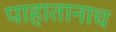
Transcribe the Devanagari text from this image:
पाहातानाच